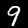
Label: 9